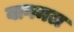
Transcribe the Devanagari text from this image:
बागमल